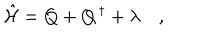
\hat { \cal H } = Q + Q ^ { \, \dagger } + \lambda \quad ,